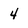
Character: 4